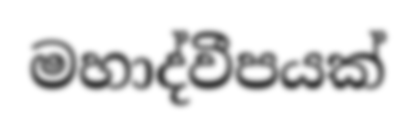
මහාද්වීපයක්